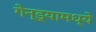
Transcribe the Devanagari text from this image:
गेन्ड्यामध्ये